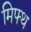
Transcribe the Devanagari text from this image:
मिफ्थ